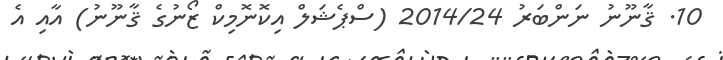
10. ޤާނޫނު ނަންބަރު 2014/24 (ސްޕެޝަލް އިކޮނޮމިކް ޒޯނުގެ ޤާނޫނު) އާއި އެ